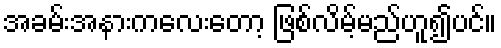
အခမ်းအနားကလေးတော့ ဖြစ်လိမ့်မည်ဟူ၍ပင်။